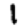
Digit: 1